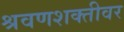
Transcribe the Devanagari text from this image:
श्रवणशक्तीवर